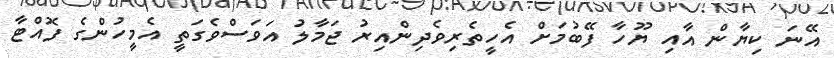
އޭނަ ކިޔާން އާއި ޔޫހާ ފޭބުމަށް އެހީތެރިވެދިންއިރު ޖަމާލު އަވަސްވެގަތީ އެމީހުންގެ ފޮއްޓާ